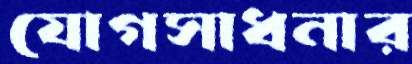
যোগসাধনার